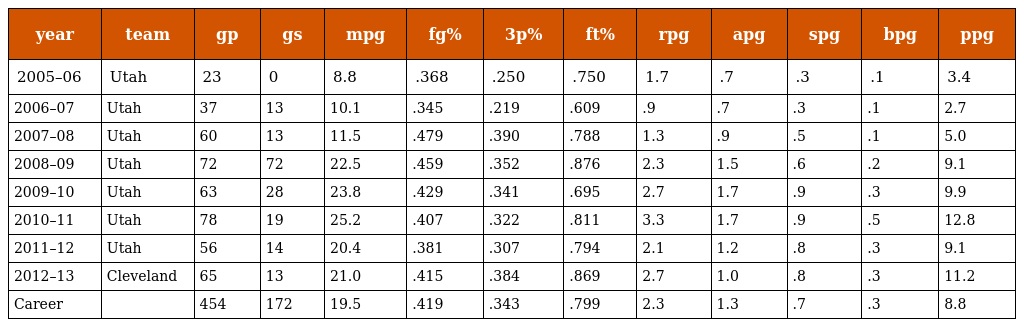
| year | team | gp | gs | mpg | fg% | 3p% | ft% | rpg | apg | spg | bpg | ppg |
 | --- | --- | --- | --- | --- | --- | --- | --- | --- | --- | --- | --- | --- |
 | 2005–06 | Utah | 23 | 0 | 8.8 | .368 | .250 | .750 | 1.7 | .7 | .3 | .1 | 3.4 |
 | 2006–07 | Utah | 37 | 13 | 10.1 | .345 | .219 | .609 | .9 | .7 | .3 | .1 | 2.7 |
 | 2007–08 | Utah | 60 | 13 | 11.5 | .479 | .390 | .788 | 1.3 | .9 | .5 | .1 | 5.0 |
 | 2008–09 | Utah | 72 | 72 | 22.5 | .459 | .352 | .876 | 2.3 | 1.5 | .6 | .2 | 9.1 |
 | 2009–10 | Utah | 63 | 28 | 23.8 | .429 | .341 | .695 | 2.7 | 1.7 | .9 | .3 | 9.9 |
 | 2010–11 | Utah | 78 | 19 | 25.2 | .407 | .322 | .811 | 3.3 | 1.7 | .9 | .5 | 12.8 |
 | 2011–12 | Utah | 56 | 14 | 20.4 | .381 | .307 | .794 | 2.1 | 1.2 | .8 | .3 | 9.1 |
 | 2012–13 | Cleveland | 65 | 13 | 21.0 | .415 | .384 | .869 | 2.7 | 1.0 | .8 | .3 | 11.2 |
 | Career |  | 454 | 172 | 19.5 | .419 | .343 | .799 | 2.3 | 1.3 | .7 | .3 | 8.8 |